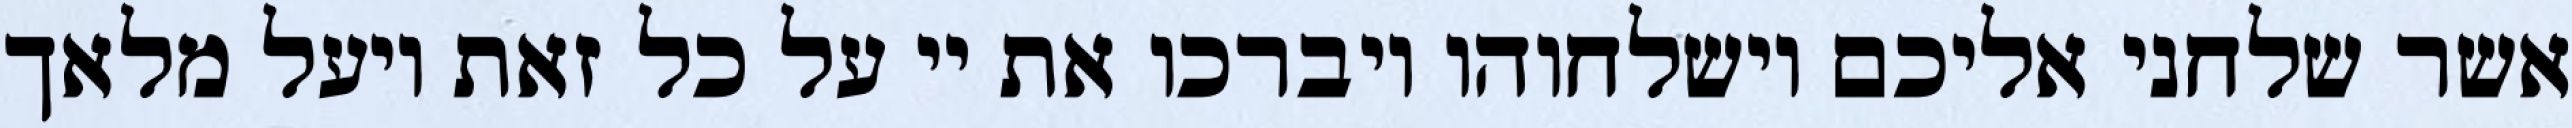
אשר שלחני אליכם וישלחוהו ויברכו את יי על כל זאת ויעל מלאך